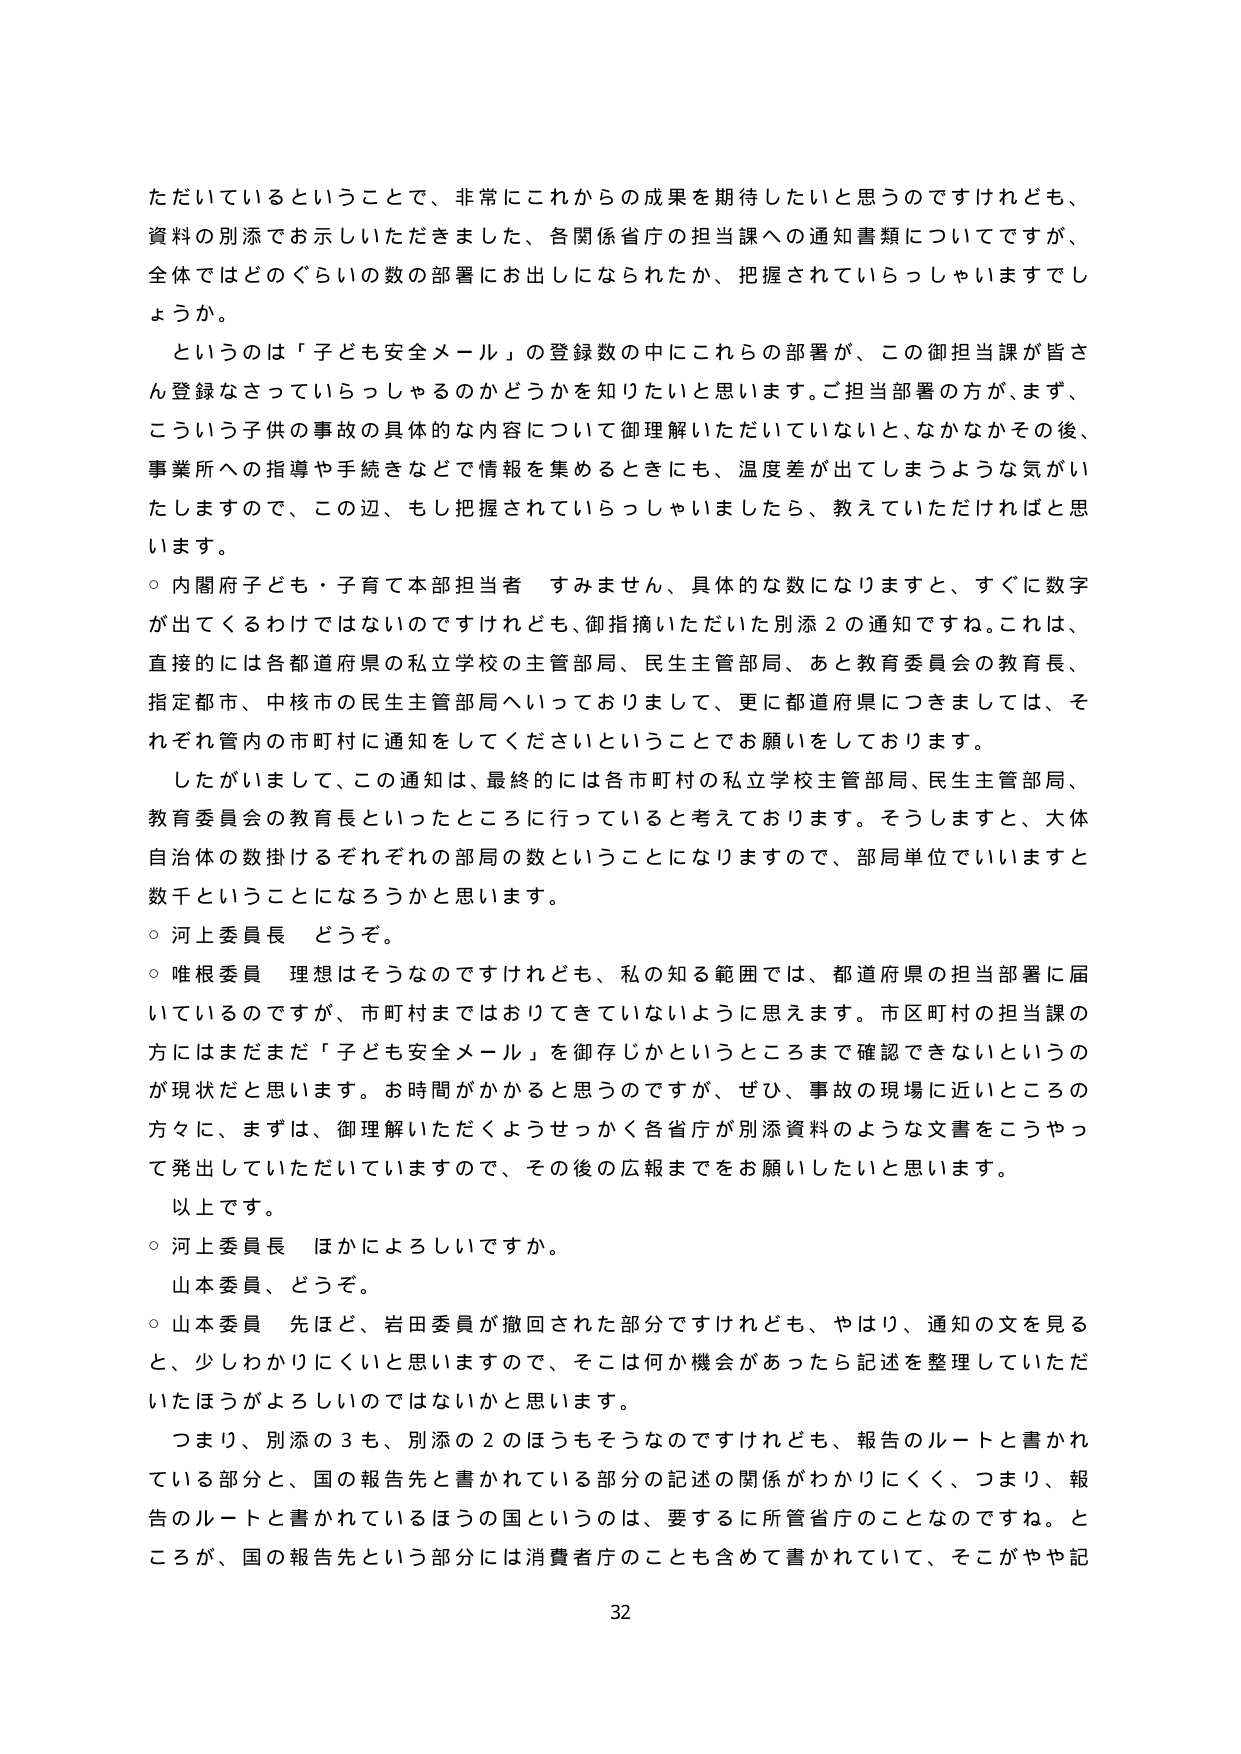
ただいているということで、非常にこれからの成果を期待したいと思うのですけれども、
資料の別添でお示しいただきました、各関係省庁の担当課への通知書類についてですが、
全体ではどのぐらいの数の部署にお出しになられたか、把握されていらっしゃいますでし
ょうか。
というのは「子ども安全メール」の登録数の中にこれらの部署が、この御担当課が皆さ
ん登録なさっていらっしゃるのかどうかを知りたいと思います。ご担当部署の方が、まず、
こういう子供の事故の具体的な内容について御理解いただいていないと、なかなかその後、
事業所への指導や手続きなどで情報を集めるときにも、温度差が出てしまうような気がい
たしますので、この辺、もし把握されていらっしゃいましたら、教えていただければと思
います。
○ 内閣府子ども・子育て本部担当者 すみません、具体的な数になりますと、すぐに数字
が出てくるわけではないのですけれども、御指摘いただいた別添２の通知ですね。これは、
直接的には各都道府県の私立学校の主管部局、民生主管部局、あと教育委員会の教育長、
指定都市、中核市の民生主管部局へいっておりまして、更に都道府県につきましては、そ
れぞれ管内の市町村に通知をしてくださいということでお願いをしております。
したがいまして、この通知は、最終的には各市町村の私立学校主管部局、民生主管部局、
教育委員会の教育長といったところに行っていると考えております。そうしますと、大体
自治体の数掛けるそれぞれの部局の数ということになりますので、部局単位でいいますと
数千ということになるろうかと思います。
○ 河上委員長 どうぞ。
○ 唯根委員 理想はそうなのですけれども、私の知る範囲では、都道府県の担当部署に届
いているのですが、市町村まではおりてきていないように思えます。市区町村の担当課の
方にはまだまだ「子ども安全メール」を御存じかというところまで確認できないというの
が現状だと思います。お時間がかかると思うのですが、ぜひ、事故の現場に近いところの
方々に、まずは、御理解いただくようせっかく各省庁が別添資料のような文書をこうやっ
て発出していただいていますので、その後の広報までをお願いしたいと思います。
以上です。
○ 河上委員長 ほかによろしいですか。
山本委員、どうぞ。
○ 山本委員 先ほど、岩田委員が撤回された部分ですけれども、やはり、通知の文を見る
と、少しわかりにくいと思いますので、そこは何か機会があったら記述を整理していただ
いたほうがよろしいのではないかと思います。
つまり、別添の３も、別添の２のほうもそうなのですけれども、報告のルートと書かれ
ている部分と、国の報告先と書かれている部分の記述の関係がわかりにくく、つまり、報
告のルートと書かれているほうの国というのは、要するに所管省庁のことなのですね。と
ころが、国の報告先という部分には消費者庁のことも含めて書かれていて、そこがやや記
32